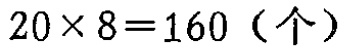
\(20\times 8 = 160（个）\)